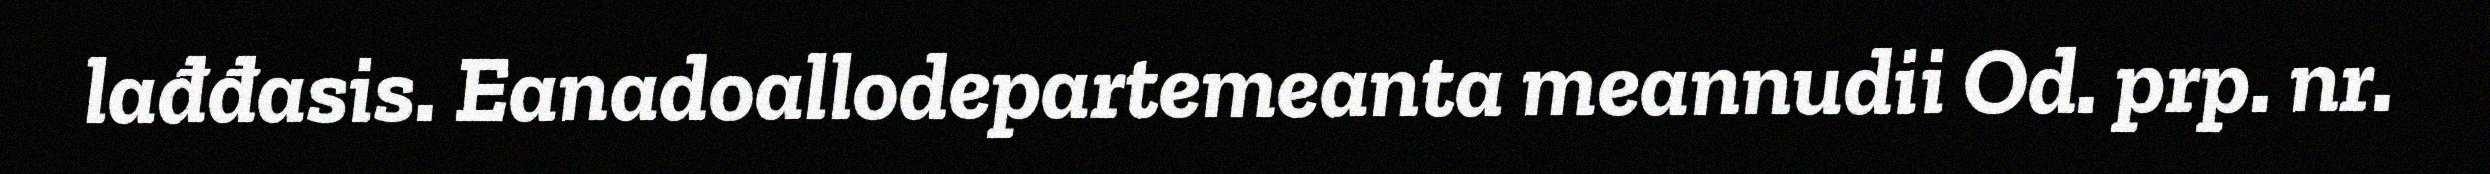
lađđasis. Eanadoallodepartemeanta meannudii Od. prp. nr.